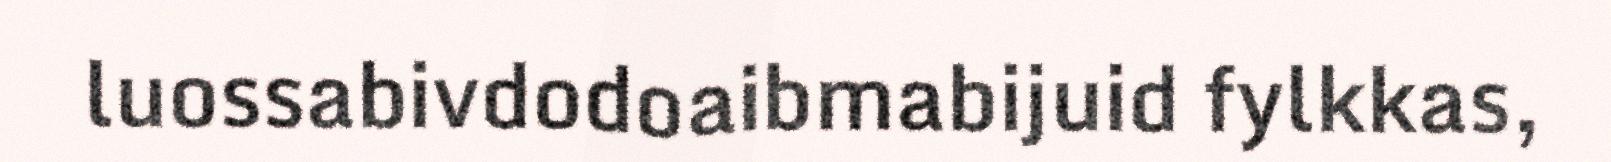
luossabivdodoaibmabijuid fylkkas,